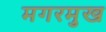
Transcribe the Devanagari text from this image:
मगरमुख